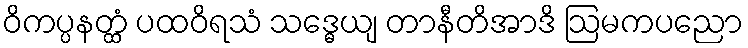
ဝိကပ္ပနတ္ထံ ပထဝိရသံ သဒ္ဓေယျ တာနီတိအာဒိ ဩမကပညော